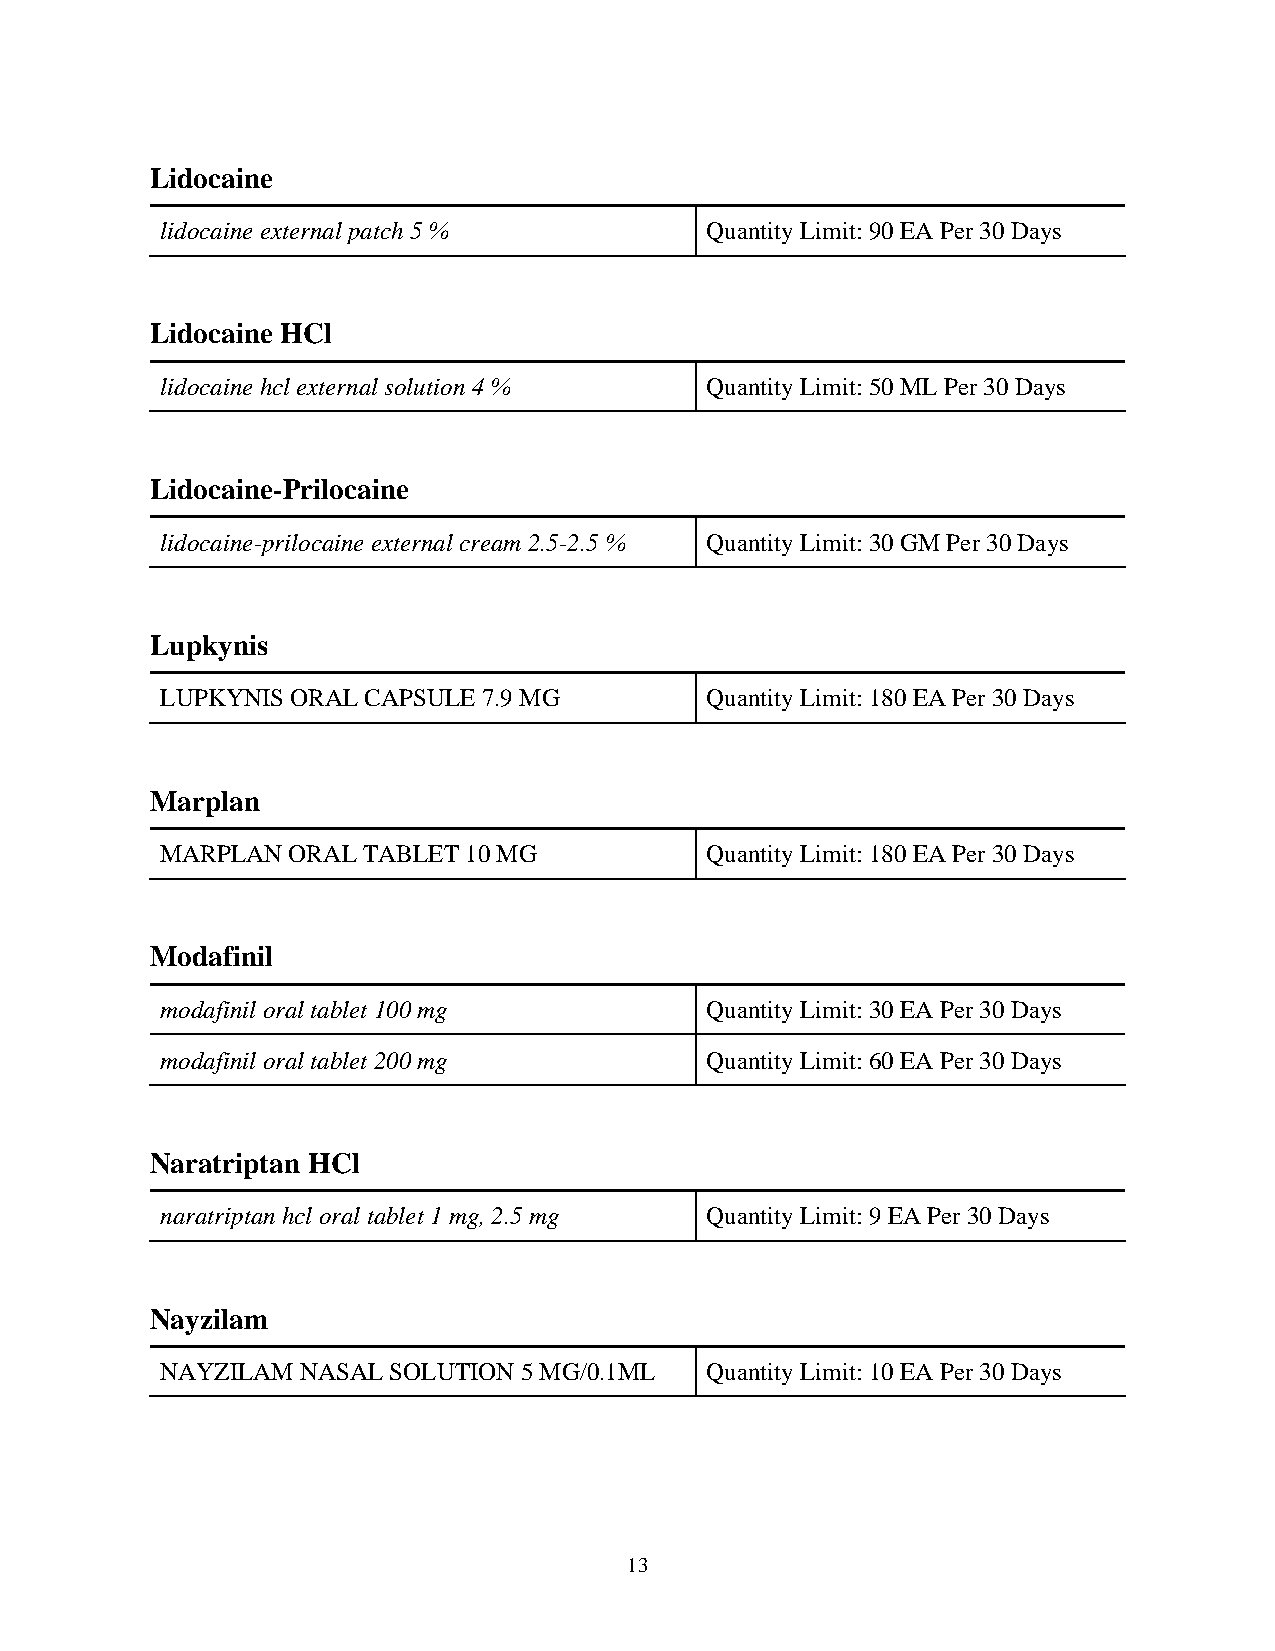
Lidocaine
 lidocaine external patch 5 %        Quantity Limit: 90 EA Per 30 Days
 Lidocaine HCl
 lidocaine hcl external solution 4 % Quantity Limit: 50 ML Per 30 Days
 Lidocaine-Prilocaine
 lidocaine-prilocaine external cream 2.5-2.5 % Quantity Limit: 30 GM Per 30 Days
 Lupkynis
 LUPKYNIS ORAL CAPSULE 7.9 MG        Quantity Limit: 180 EA Per 30 Days
 Marplan
 MARPLAN ORAL TABLET 10 MG           Quantity Limit: 180 EA Per 30 Days
 Modafinil
 modafinil oral tablet 100 mg        Quantity Limit: 30 EA Per 30 Days
 modafinil oral tablet 200 mg        Quantity Limit: 60 EA Per 30 Days
 Naratriptan HCl
 naratriptan hcl oral tablet 1 mg, 2.5 mg Quantity Limit: 9 EA Per 30 Days
 Nayzilam
 NAYZILAM NASAL SOLUTION 5 MG/0.1ML  Quantity Limit: 10 EA Per 30 Days
 13